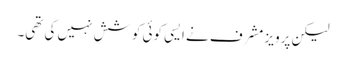
لیکن پرویز مشرف نے ایسی کوئی کوشش نہیں کی تھی۔